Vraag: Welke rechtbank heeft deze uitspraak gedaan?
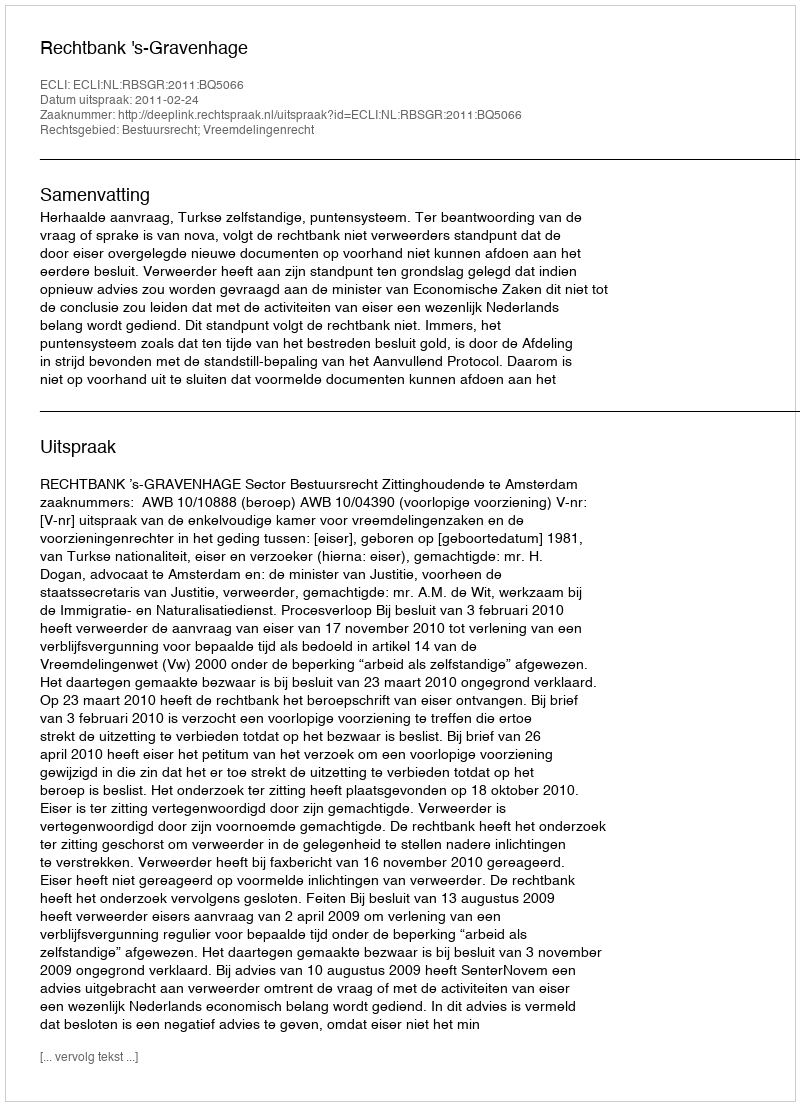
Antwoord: Rechtbank 's-Gravenhage